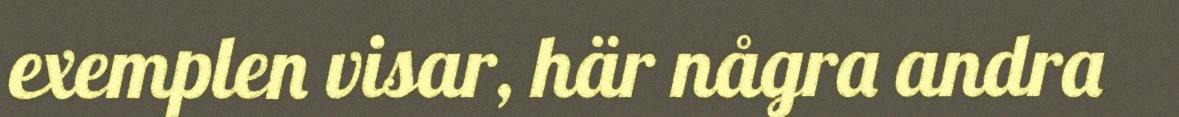
exemplen visar, här några andra